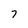
Character: 7